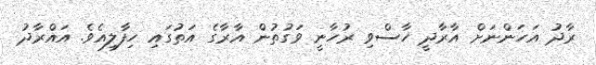
ރާދު އަހަންނަށް އާރާދީ ހާސްވި ރުހާނީ ވަގުތުން އާރާގެ އަތުގައި ހިފާލިއެވެ. އައްރާދު